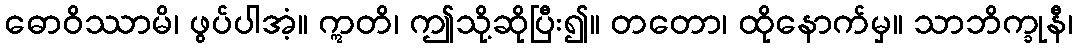
ဓောဝိဿာမိ၊ ဖွပ်ပါအံ့။ ဣတိ၊ ဤသို့ဆိုပြီး၍။ တတော၊ ထိုနောက်မှ။ သာဘိက္ခုနီ၊